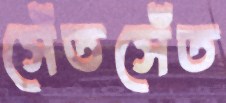
সেঁতসেঁত